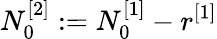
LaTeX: N_{0}^{[2]}:=N_{0}^{[1]}-r^{[1]}